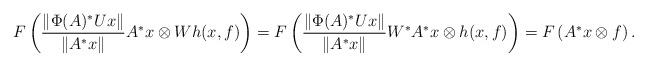
LaTeX: \begin{align*}F\left ( \frac{\|\Phi(A)^*U x\|}{\|A^*x\|} A^*x \otimes W h(x,f) \right)= F\left(\frac{\|\Phi(A)^*U x\|}{\|A^*x\|} W^* A^*x \otimes h(x,f) \right)= F\left(A^*x \otimes f\right).\end{align*}